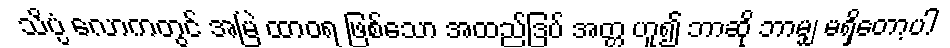
သိပ္ပံ လောကတွင် အမြဲ ထာဝရ ဖြစ်သော အထည်ဒြပ် အတ္တ ဟူ၍ ဘာဆို ဘာမျှ မရှိတော့ပါ